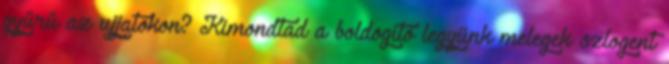
gyűrű az ujjatokon? Kimondtad a boldogító legyünk melegek szlogent